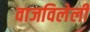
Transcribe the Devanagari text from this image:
वाजविलेली